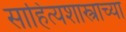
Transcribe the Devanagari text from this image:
साहित्यशास्त्राच्या